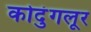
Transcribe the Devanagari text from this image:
कोदुंगलूर